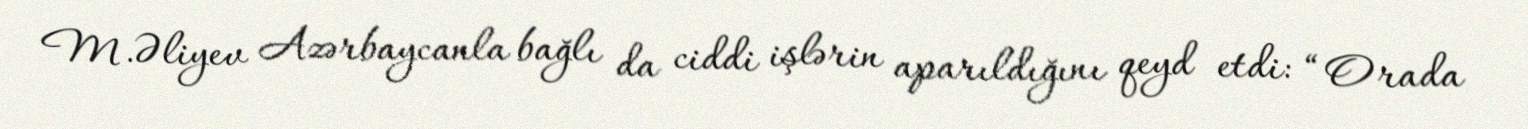
M.Əliyev Azərbaycanla bağlı da ciddi işlərin aparıldığını qeyd etdi: “Orada